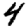
Digit: 4